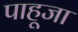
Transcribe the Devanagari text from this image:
पाहूजा